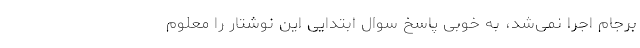
برجام اجرا نمی‌شد، به خوبی پاسخ سوال ابتدایی این نوشتار را معلوم